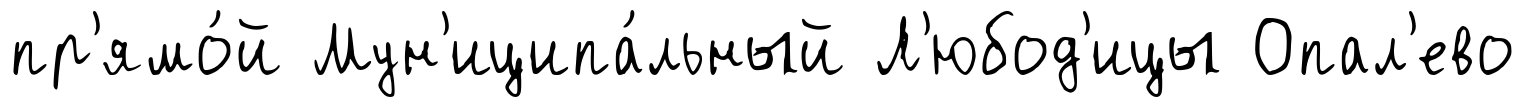
пр'ямо́й Мун'иципа́льный Л'юбод'ицы Опал'ево